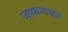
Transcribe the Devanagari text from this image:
जाफनाच्या